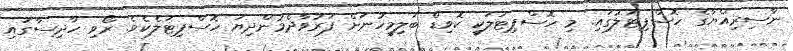
ނާސިރިއްޔާގެ ހޮސްޕިޓަލުގައި. މި ހޮސްޕިޓަލަކީ ކޮވިޑް ބަލިމީހުނަށް ފަރުވާދެމުންދިޔަ ހޮސްޕިޓަލެކެވެ. ރޯވި ހާދިސާގައި